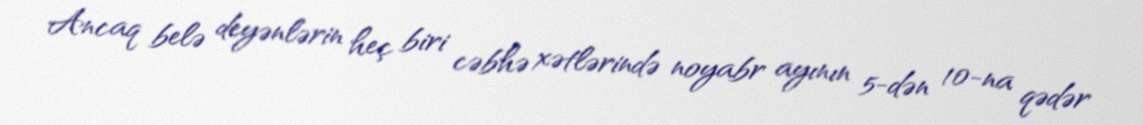
Ancaq belə deyənlərin heç biri cəbhə xətlərində noyabr ayının 5-dən 10-na qədər